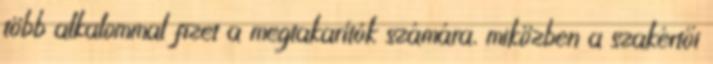
több alkalommal fizet a megtakarítók számára, miközben a szakértői